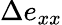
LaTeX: \Delta e_{xx}